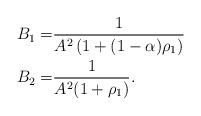
LaTeX: \begin{align*}B_1=&\frac{1}{A^2\left(1+(1-\alpha)\rho_1\right)}\\B_2=&\frac{1}{A^2(1+\rho_1)}.\end{align*}